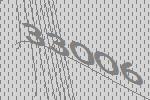
33006